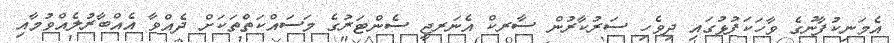
އެމަނިކުފާނުގެ ވާހަކަފުޅުގައި ދިވެހި ސަރުކާރުން ސާރކް އެނަރޖީ ސެންޓަރުގެ މަސައްކަތްތަކަށް ދެއްވާ އެއްބާރުލެއްވުމާއި